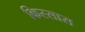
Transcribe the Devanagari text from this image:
किस्सास